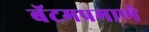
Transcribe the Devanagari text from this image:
बॅटमप्रमाणे